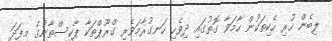
ލިބެން ހުރި ހެކިތަކުން ހާމަވާ ގޮތުގައި ދިވެހި ހަނގުރާމަވެރި ގްރޫޕްތަކާ ޕާކިސްތާނުގެ މިފަދަ